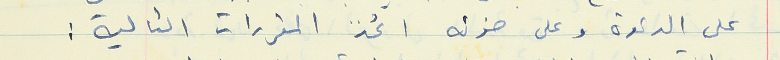
على الدعوة وعلى ضوئه اتخذ المقرارات التالية :